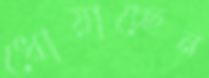
ধোয়াচ্ছেন